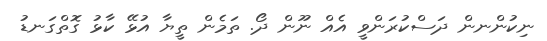
ނިކުންނން ދަސްކުރަންވީ އެއް ނޫން ދޯ. ތަމެން ތީޔާ އުޅޭ ކާޅު ގޮތްގަނޑު